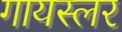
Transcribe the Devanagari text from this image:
गायस्लर